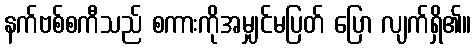
နက်ဗစ်စကီသည် စကားကိုအမျှင်မပြတ် ပြော လျက်ရှိ၏။